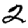
Digit: 2